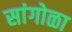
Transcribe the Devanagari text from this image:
सांगोळा